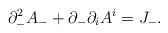
LaTeX: \begin{align*}\partial_-^2A_- +\partial_-\partial_iA^i = J_-.\end{align*}